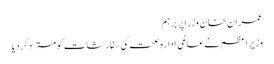
عمران خان وزراپربرہم
وزیراعظم نےعالمی ادارہ صحت کی سفارشات کومستردکردیا